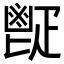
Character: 𩰠